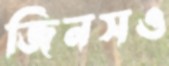
জিনসও